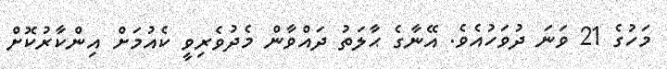
މަހުގެ 21 ވަނަ ދުވަހުއެވެ. އޭނާގެ ޙާލަތު ދައްވާން މެދުވެރިވީ ކެއުމަށް އިންކާރުކޮށް